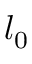
l _ { 0 }